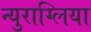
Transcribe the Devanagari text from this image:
न्युराग्लिया